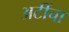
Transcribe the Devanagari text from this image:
अटींचा